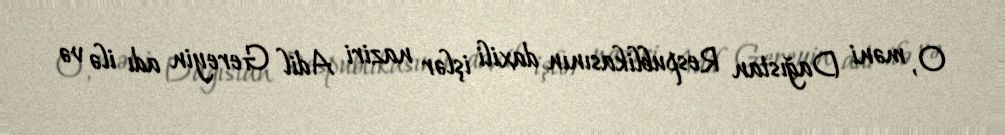
O, məni Dağıstan Respublikasının daxili işlər naziri Adil Gereyin adı ilə və